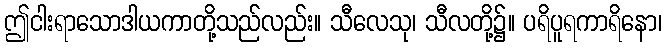
ဤငါးရာသောဒါယကာတို့သည်လည်း။ သီလေသု၊ သီလတို့၌။ ပရိပူရကာရိနော၊